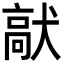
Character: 𩫈